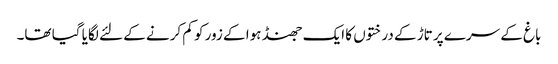
باغ کے سرے پر تاڑ کے درختوں کا ایک جھنڈ ہوا کے زور کو کم کرنے کے لئے لگایا گیا تھا۔